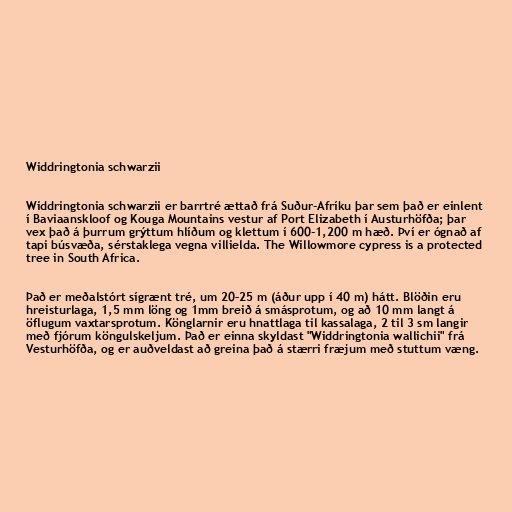
Widdringtonia schwarzii

Widdringtonia schwarzii er barrtré ættað frá Suður-Afríku þar sem það er einlent
í Baviaanskloof og Kouga Mountains vestur af Port Elizabeth í Austurhöfða; þar
vex það á þurrum grýttum hlíðum og klettum í 600-1,200 m hæð. Því er ógnað af
tapi búsvæða, sérstaklega vegna villielda. The Willowmore cypress is a protected
tree in South Africa.

Það er meðalstórt sígrænt tré, um 20–25 m (áður upp í 40 m) hátt. Blöðin eru
hreisturlaga, 1,5 mm löng og 1mm breið á smásprotum, og að 10 mm langt á
öflugum vaxtarsprotum. Könglarnir eru hnattlaga til kassalaga, 2 til 3 sm langir
með fjórum köngulskeljum. Það er einna skyldast "Widdringtonia wallichii" frá
Vesturhöfða, og er auðveldast að greina það á stærri fræjum með stuttum væng.